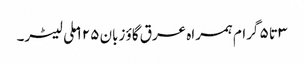
۳ تا ۵ گرام ہمراہ عرق گاؤ زبان ۱۲۵ ملی لیٹر۔